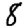
Digit: 8